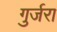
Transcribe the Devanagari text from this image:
गुर्जरा